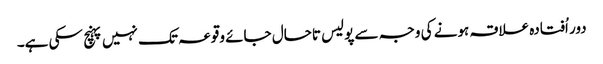
دور اُفتادہ علاقہ ہونے کی وجہ سے پولیس تاحال جائے وقوعہ تک نہیں پہنچ سکی ہے۔